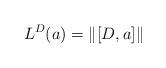
\begin{align*} L^D (a) =\| [D,a]\|\end{align*}